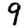
Digit: 9